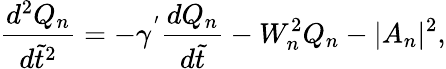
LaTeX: \frac{d^{2}Q_{n}}{d\tilde{t}^{2}}=-\gamma^{'}\frac{dQ_{n}}{d\tilde{t}}-W_{n}^{2}Q_{n}-|A_{n}|^{2},